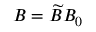
B = \widetilde { B } { B _ { 0 } }